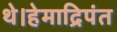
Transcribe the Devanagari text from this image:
थे।हेमाद्रिपंत